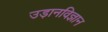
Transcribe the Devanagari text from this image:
उड़ानविज्ञान